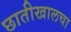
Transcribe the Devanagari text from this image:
छातीखालचा